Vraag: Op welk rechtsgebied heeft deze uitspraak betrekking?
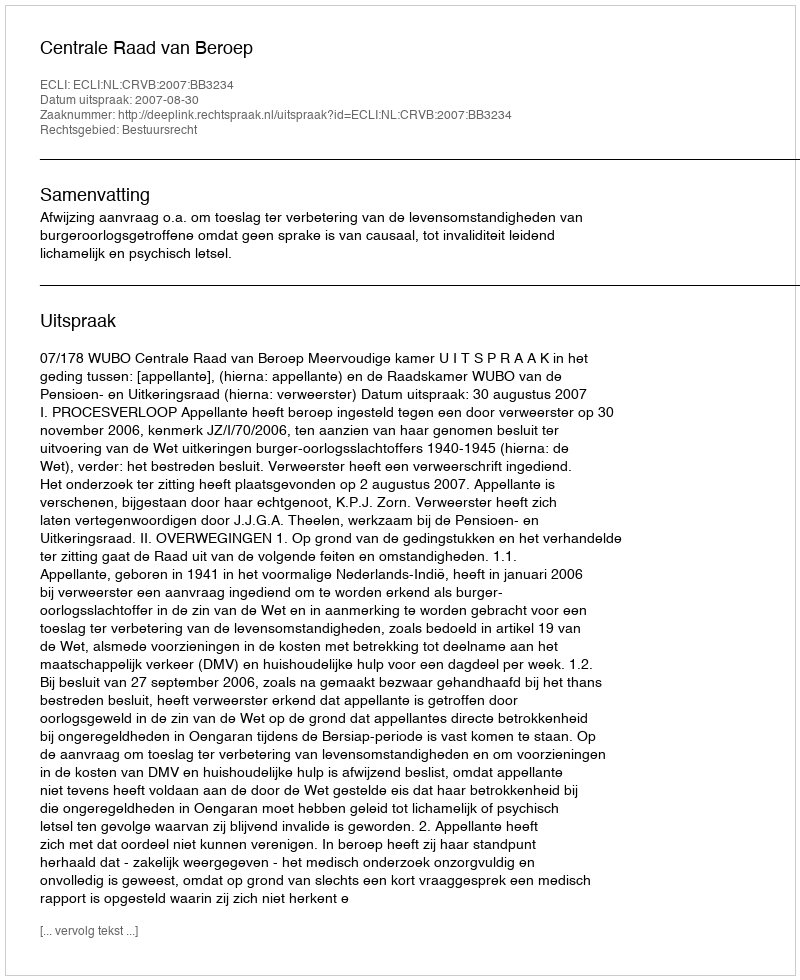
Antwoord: Bestuursrecht